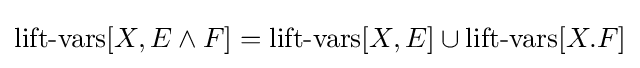
\operatorname {lift-vars} [X,E\land F]=\operatorname {lift-vars} [X,E]\cup \operatorname {lift-vars} [X.F]